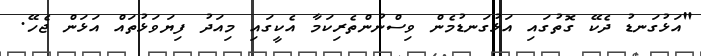
"އަޅުގަނޑު ދެކޭ ގޮތުގައި އަޅުގަނޑުމެން ވިސްނުންތެރިކަމާ އެކީގައި މިއަދު ފިޔަވަޅުތައް އަޅަން ޖެހޭ.